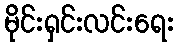
မိုင်းရှင်းလင်းရေး